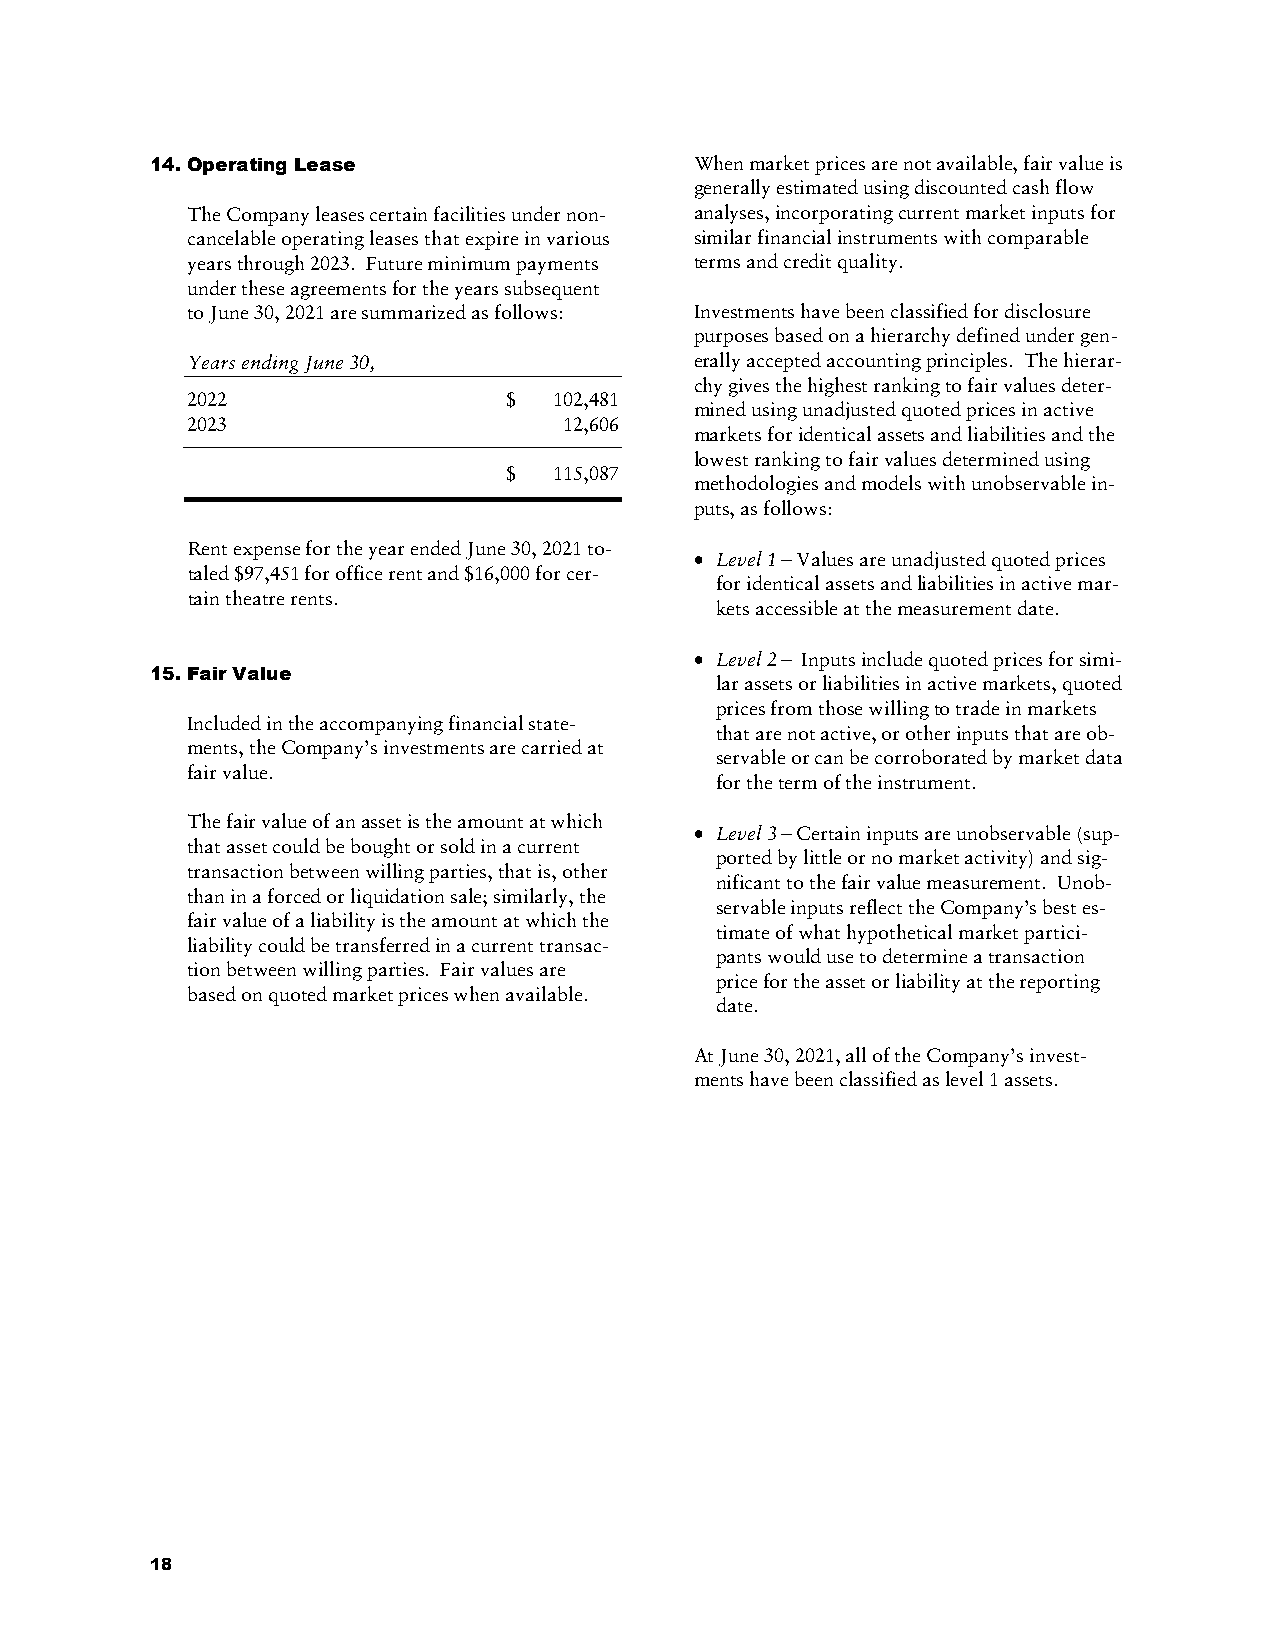
14. Operating Lease                 When market prices are not available, fair value is
 generally estimated using discounted cash flow
 The Company leases certain facilities under non- analyses, incorporating current market inputs for
 cancelable operating leases that expire in various similar financial instruments with comparable
 years through 2023. Future minimum payments terms and credit quality.
 under these agreements for the years subsequent
 to June 30, 2021 are summarized as follows: Investments have been classified for disclosure
 purposes based on a hierarchy defined under gen-
 Years ending June 30,             erally accepted accounting principles. The hierar-
 chy gives the highest ranking to fair values deter-
 2022                  $  102,481
 mined using unadjusted quoted prices in active
 2023                     12,606
 markets for identical assets and liabilities and the
 lowest ranking to fair values determined using
 $  115,087
 methodologies and models with unobservable in-
 puts, as follows:
 Rent expense for the year ended June 30, 2021 to-
  Level 1 – Values are unadjusted quoted prices
 taled $97,451 for office rent and $16,000 for cer-
 for identical assets and liabilities in active mar-
 tain theatre rents.
 kets accessible at the measurement date.
  Level 2 – Inputs include quoted prices for simi-
 15. Fair Value
 lar assets or liabilities in active markets, quoted
 prices from those willing to trade in markets
 Included in the accompanying financial state-
 that are not active, or other inputs that are ob-
 ments, the Company’s investments are carried at
 servable or can be corroborated by market data
 fair value.
 for the term of the instrument.
 The fair value of an asset is the amount at which
  Level 3 – Certain inputs are unobservable (sup-
 that asset could be bought or sold in a current
 ported by little or no market activity) and sig-
 transaction between willing parties, that is, other
 nificant to the fair value measurement. Unob-
 than in a forced or liquidation sale; similarly, the
 servable inputs reflect the Company’s best es-
 fair value of a liability is the amount at which the
 timate of what hypothetical market partici-
 liability could be transferred in a current transac-
 pants would use to determine a transaction
 tion between willing parties. Fair values are
 price for the asset or liability at the reporting
 based on quoted market prices when available.
 date.
 At June 30, 2021, all of the Company’s invest-
 ments have been classified as level 1 assets.
 18